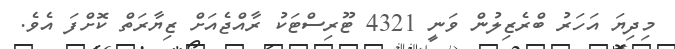
މިދިޔަ އަހަރު ބްރެޒިލުން ވަނީ 4321 ޓޫރިސްޓަކު ރާއްޖެއަށް ޒިޔާރަތް ކޮށްފަ އެވެ.